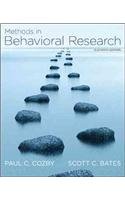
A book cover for Methods in Behavioral Research (Methods in Behavioral Research); Paul; Bates, Scott Cozby; Medical Books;